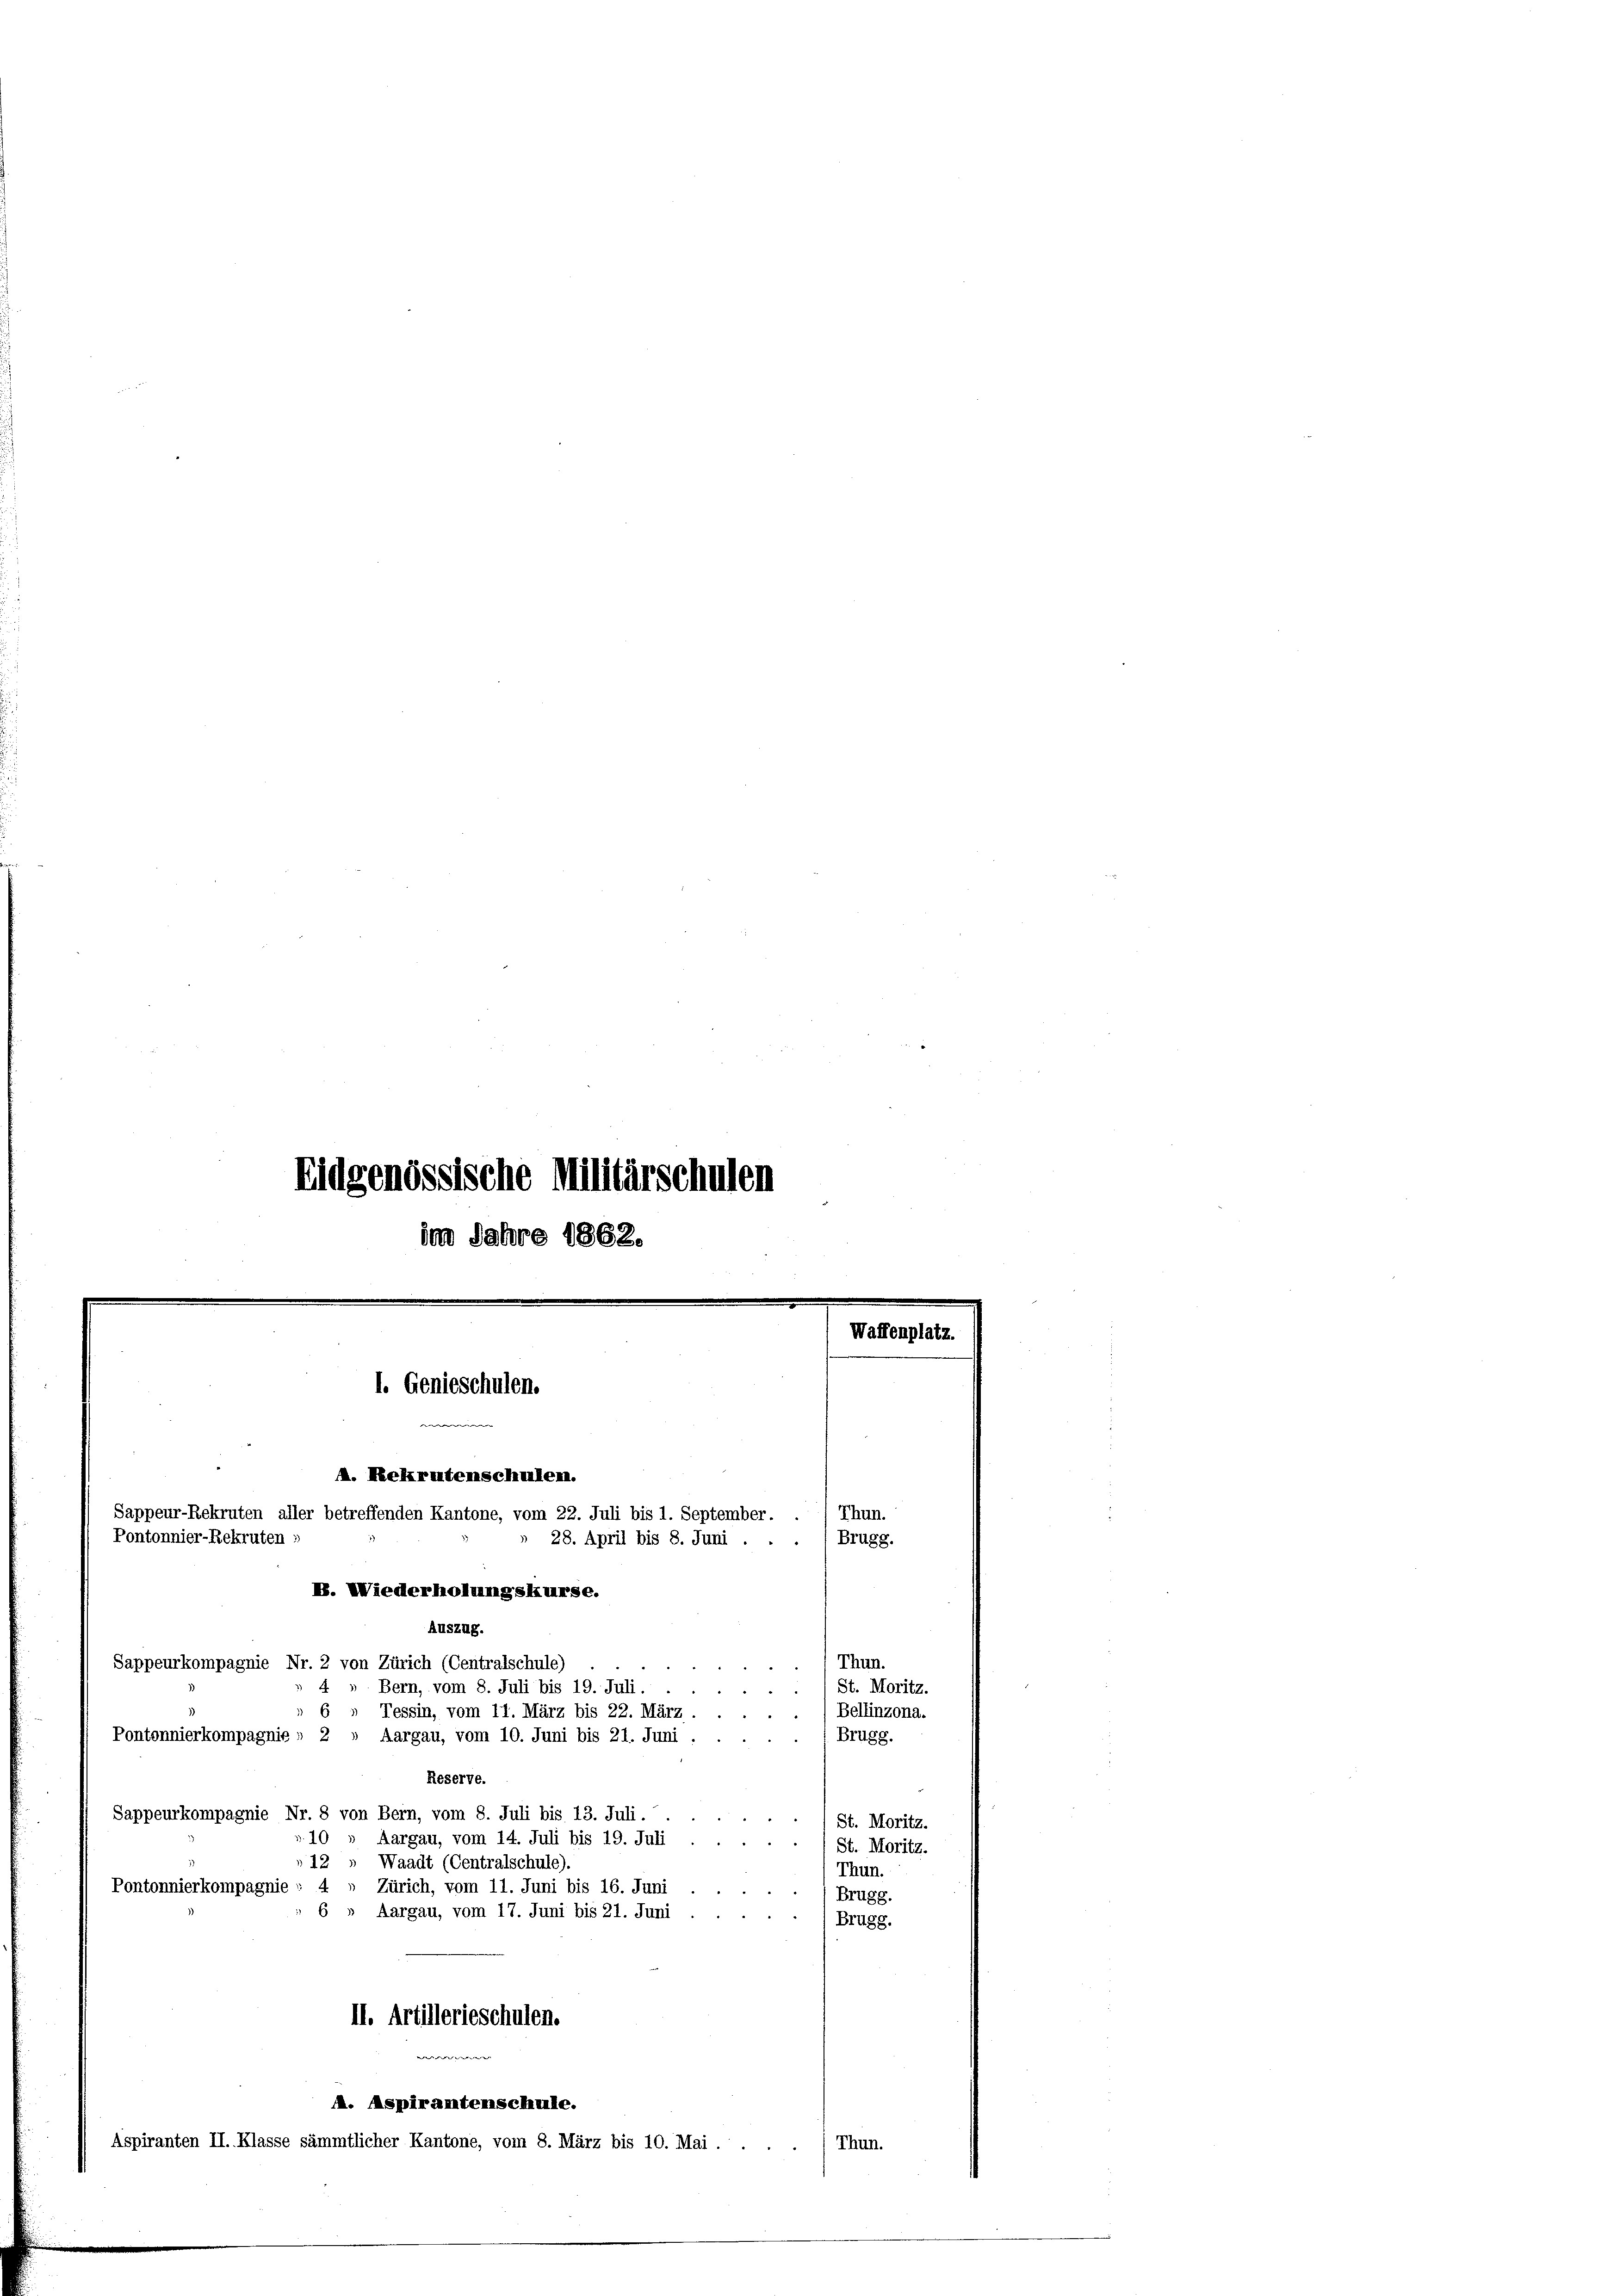
Eidgenössische Militärschulen
im Jahre 1862.

Pontonnier-Rekruten :

I. Genieschulen.

4 » Bern, vom 8. Juli bis 19. Juli.
6
Tessin, vom 11. März bis 22. März,
Pontonnierkompagnie . 2
Aargau, vom 10. Juni bis 21. Juni
Reserve.
Sappeurkompagnie Nr. 8 von Bern, vom 8. Juli bis 13. Juli.
d. 10
Aargau, vom 14. Juli bis 19. Juli
12
Waadt (Centralschule).
Pontonnierkompagnie : 4
Zürich, vom 11. Juni bis 16. Juni
Aargau, vom 17. Juni bis 21. Juni
II. Artillerieschulen.
e
. Aspirantenschule.
Aspiranten II. Klasse sämmtlicher Kantone, vom 8. März bis 10. Mai.

A. Rekrutenschulen.
Thun.
Sappeur-Rekruten aller betreffenden Kantone, vom 22. Juli bis 1. September.
28. April bis 8. Juni . .
Brugg.
B. Wiederholungskurse.
Auszug.

Sappeurkompagnie Nr. 2 von Zürich (Centralschule)

Thun.

St. Moritz.
Bellinzona.
Brugg.
St. Moritz.
St. Moritz.
Thun.
Brugg.

Brugg.